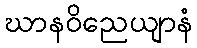
ဃာနဝိညေယျာနံ